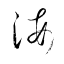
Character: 海